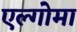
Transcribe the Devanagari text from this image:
एल्गोमा